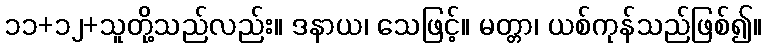
၁၁+၁၂+သူတို့သည်လည်း။ ဒနာယ၊ သေဖြင့်။ မတ္တာ၊ ယစ်ကုန်သည်ဖြစ်၍။